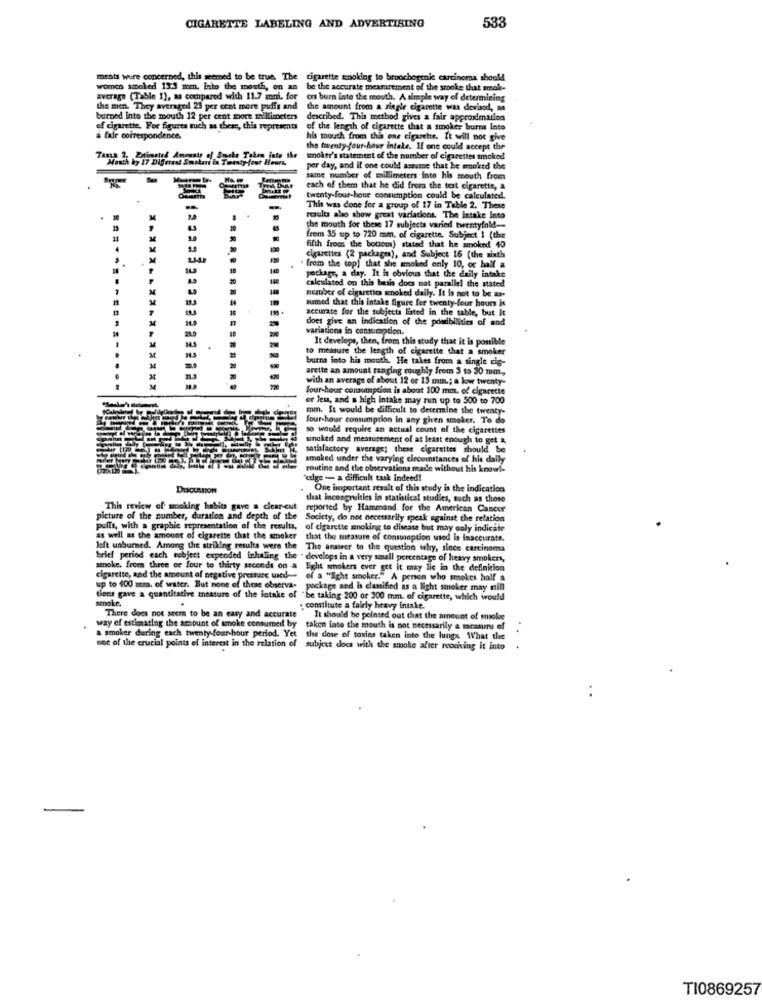
CIGARETTE LABELING AND ADVERTISING
533
ments were concerned, this seemed to be true. The cigarette smoking to bronchogenic carcinoma should
cigarette smoking to broochogenic carcinoma should
women smoked 13:3 som. into the mouth, on an be the accurate mexrarement of the smoke that smak-
average (Table 1), as compared with 11.7 zoni, for ers burn inte the mouth. A simple way of determining
the men. They averaged 23 per cent more puffs and the amount from a single cigarette was devised, as
burned Into the mouth 12 per cent more millimeters
described. This method gives a fair approximation
of cigarette, For figures such as these, this represents
of the length of cigarette that a smoker burns into
a fair correspondence.
his mouth from this one cigarette. It will not give
the twenty-four-hour intele. If one could accept the
7 Diferent S
I Smoke Taken into the
smoker's statement of the number of cigarettes smoked
per day, and if one could assume that he smoked the
same number of millimeters into his mouth from
each of them that he did from the test cigarette, a
twenty-four-hour consumption could be calculated.
This was done for a group of 17 in Table 2. These
results sho show great variations, The Intake Into
19
the mouth for these 17 subjects varied twentyfold-
frem 35 up to 720 mm, of cigarette, Subject 1 (the
fifth from the bottom) stated that he smoked 40
.
cigarettes (2 packages), and Subject 16 (the sixth
" from the top] that she moked only 10, oc half a
150
Peckas, a day. It is obvious that the daily intake
calculated on this besis does not parallel the stated
number of cigarettes anoked daily. It is not to be a-
sumed that this intake figure for twenty-four hours in
accurate for the subjects liated in the table, but It
does give an indication of the posibilities of and
variations in consumption.
It develops, then, from this study that it is ponible
to measure the length of cigarette that a smoker
burns into his mouth, He takes from a single cis-
arette an amount ranging roughly from $ to 30 mm,
with an average of about 12 or 15 mm .; a low twenty-
four-hour consumption is about 100 mm. of cigarette
or less, and a high intake may run up to 500 to 700
mm. It would be difficult to determine the twenty-
four-hour consumption in any given smoker. To do
so would require an actual count of the cigarettes
sinoked and measurement of at least enough to get &
satisfactory average; these cigarettes should be
smoked under the varying circumstances of his daily
routine and the observations made without his knowi-
edge - a difficult task indeed!
DISCUSSION
One important result of this study is the indication
that incongruities in statistical studies, such as those
This review of smoking habits gave a clear-cut
reported by Hammand for the American Cancer
picture of the number, duration and depth of the
Society, do not necessarily speak against the relation
pults, with a graphic representation of the results,
of cigarette smoking to disease but may only indicate
as well as the amount of cigarette that the smoker that the measure of consumption used is inaccurate.
left unburned. Among the striking results were the The answer to the question why, since carcinoma
brief period each subject expended inhaling the . develops in a very small percentage of heavy smokers,
smoke, from three of four to thirty seconds on a light smokers ever get it may lie in the definition
cigarette, and the amount of negative pressure used- of a "Ight smoker." A person who smokes half a
up to 400 mm. of water. But none of these observa- package and is classified as a light smoker may still
package and is classified as a light smoker may still
tions gave a quantitative measure of the intake of
smoke.
be taking 200 or 300 mm. of cigarette, which would
: constitute a fairly heavy intake.
way of estimating the amount of smoke consumed by
There does not seem to be an easy and accurate
It should be pointed out that the amount of smoke
a smoker during each twenty-four hour period. Yet
taken into the mouth is not necessarily a measure of
the dose of toxins taken into the lungs What the
one of the crucial points of interest in the relation of subject does with the smoke after receiving it lato
..
TI0869257